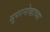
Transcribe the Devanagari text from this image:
सुपरनोव्हाच्या